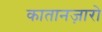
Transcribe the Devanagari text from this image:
कातानज़ारो